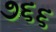
૭૬૬